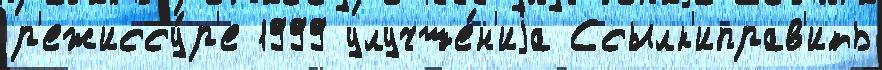
р'ежиссу́р'е 1999 улучше́н'иjа Ссылк'иправ'ить